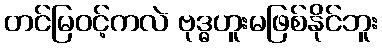
တင်မြဝင့်ကလဲ ဗုဒ္ဓဟူးမဖြစ်နိုင်ဘူး